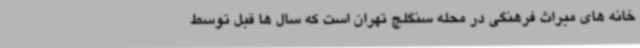
خانه های میراث فرهنگی در محله سنگلچ تهران است که سال ها قبل توسط